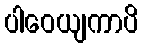
ပါဝေယျကာပိ